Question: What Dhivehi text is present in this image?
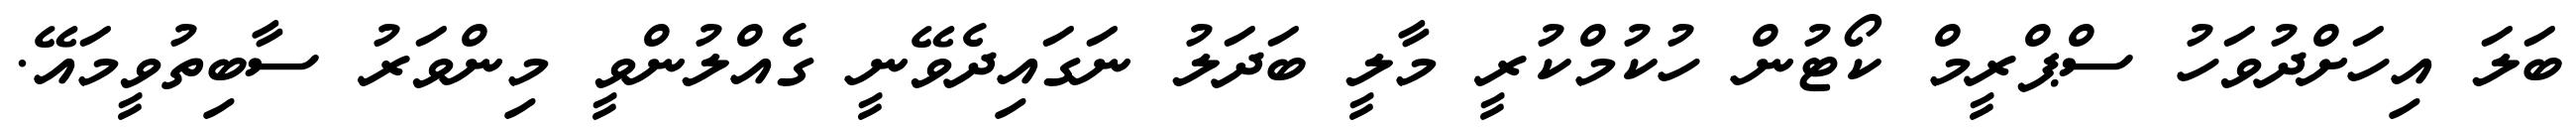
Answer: ބަލަ އިހަށްދުވަހު ސްޕްރީމް ކޯޓުން ހުކުމްކުރީ މާލީ ބަދަލު ނަގައިދެވޭނީ ގެއްލުންވީ މިންވަރު ސާބިތުވީމައޭ.